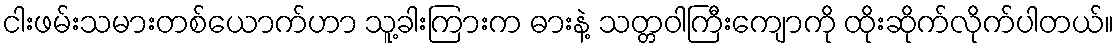
ငါးဖမ်းသမားတစ်ယောက်ဟာ သူ့ခါးကြားက ဓားနဲ့ သတ္တဝါကြီးကျောကို ထိုးဆိုက်လိုက်ပါတယ်။